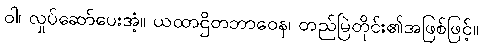
ဝါ၊ လှုပ်ဆော်ပေးအံ့။ ယထာဌိတဘာဝေန၊ တည်မြဲတိုင်း၏အဖြစ်ဖြင့်။